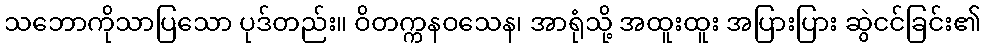
သဘောကိုသာပြသော ပုဒ်တည်း။ ဝိတက္ကနဝသေန၊ အာရုံသို့ အထူးထူး အပြားပြား ဆွဲငင်ခြင်း၏